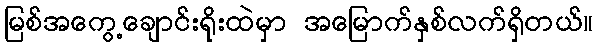
မြစ်အကွေ့ချောင်းရိုးထဲမှာ အမြောက်နှစ်လက်ရှိတယ်။